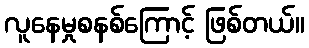
လူနေမှုစနစ်ကြောင့် ဖြစ်တယ်။